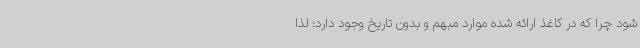
شود چرا که در کاغذ ارائه شده موارد مبهم و بدون تاریخ وجود دارد؛ لذا